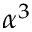
\alpha ^ { 3 }